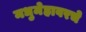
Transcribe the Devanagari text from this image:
मधुमेहावरचे